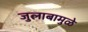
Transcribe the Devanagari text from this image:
जुलाबामुळे